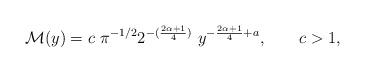
LaTeX: \begin{align*}\mathcal{M}(y)=c\ \pi^{-1/2}2^{-(\frac{2\alpha+1}{4})} \ y^{-\frac{2\alpha+1}{4}+a}, \qquad c>1,\end{align*}